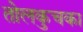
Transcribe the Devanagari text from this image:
तोलकुचका